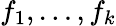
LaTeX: f_{1},\dots,f_{k}